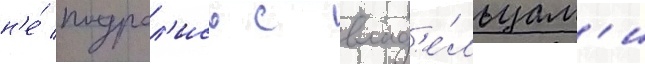
н'е́ подрал'ись с влад'е́льцам'и